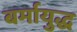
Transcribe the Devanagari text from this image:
बर्मायुद्ध